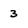
Character: 3